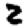
Digit: 2